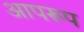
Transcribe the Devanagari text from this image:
आपरूप